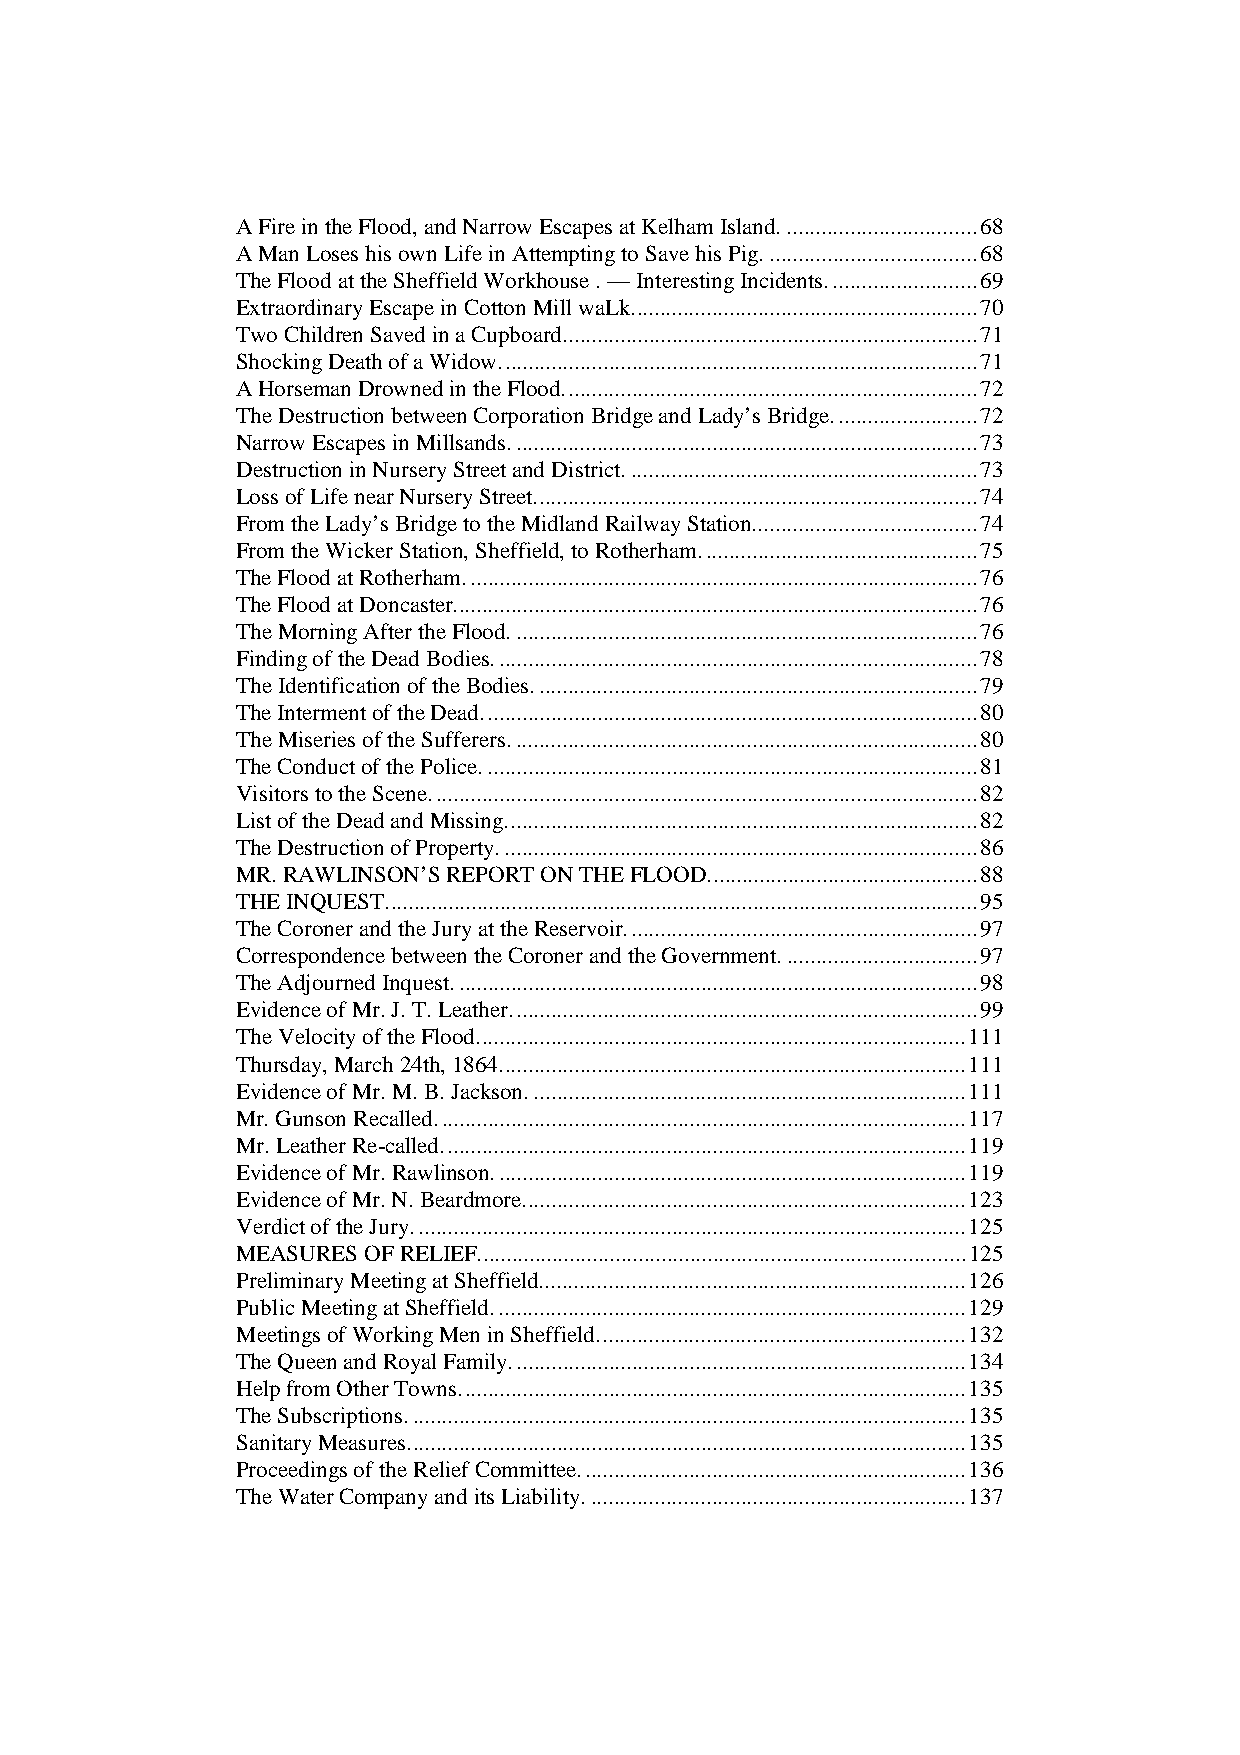
A Fire in the Flood, and Narrow Escapes at Kelham Island..................................68
 A Man Loses his own Life in Attempting to Save his Pig.....................................68
 The Flood at the Sheffield Workhouse . — Interesting Incidents..........................69
 Extraordinary Escape in Cotton Mill waLk............................................................70
 Two Children Saved in a Cupboard........................................................................71
 Shocking Death of a Widow...................................................................................71
 A Horseman Drowned in the Flood........................................................................72
 The Destruction between Corporation Bridge and Lady’s Bridge.........................72
 Narrow Escapes in Millsands.................................................................................73
 Destruction in Nursery Street and District.............................................................73
 Loss of Life near Nursery Street.............................................................................74
 From the Lady’s Bridge to the Midland Railway Station.......................................74
 From the Wicker Station, Sheffield, to Rotherham................................................75
 The Flood at Rotherham.........................................................................................76
 The Flood at Doncaster...........................................................................................76
 The Morning After the Flood.................................................................................76
 Finding of the Dead Bodies....................................................................................78
 The Identification of the Bodies.............................................................................79
 The Interment of the Dead......................................................................................80
 The Miseries of the Sufferers.................................................................................80
 The Conduct of the Police......................................................................................81
 Visitors to the Scene...............................................................................................82
 List of the Dead and Missing..................................................................................82
 The Destruction of Property...................................................................................86
 MR. RAWLINSON’S REPORT ON THE FLOOD...............................................88
 THE INQUEST.......................................................................................................95
 The Coroner and the Jury at the Reservoir.............................................................97
 Correspondence between the Coroner and the Government..................................97
 The Adjourned Inquest...........................................................................................98
 Evidence of Mr. J. T. Leather.................................................................................99
 The Velocity of the Flood.....................................................................................111
 Thursday, March 24th, 1864.................................................................................111
 Evidence of Mr. M. B. Jackson............................................................................111
 Mr. Gunson Recalled............................................................................................117
 Mr. Leather Re-called...........................................................................................119
 Evidence of Mr. Rawlinson..................................................................................119
 Evidence of Mr. N. Beardmore.............................................................................123
 Verdict of the Jury................................................................................................125
 MEASURES OF RELIEF.....................................................................................125
 Preliminary Meeting at Sheffield..........................................................................126
 Public Meeting at Sheffield..................................................................................129
 Meetings of Working Men in Sheffield................................................................132
 The Queen and Royal Family...............................................................................134
 Help from Other Towns........................................................................................135
 The Subscriptions.................................................................................................135
 Sanitary Measures.................................................................................................135
 Proceedings of the Relief Committee...................................................................136
 The Water Company and its Liability..................................................................137